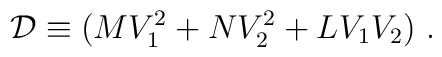
{\cal D} \equiv (MV _1^2+ N V _2^2+ L V _1 V _2) \ .